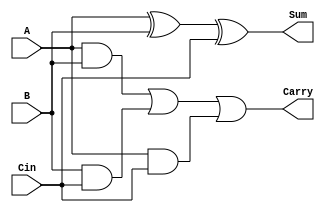
module CarrySaveAdder #(parameter n = 4) (
    input  [n-1:0] A,      // Input A
    input  [n-1:0] B,      // Input B
    input  [n-1:0] Cin,    // Input Carry-in
    output [n-1:0] Sum,     // Sum output
    output [n-1:0] Carry    // Carry output
);

    // Generate Sum using XOR gates
    assign Sum = A ^ B ^ Cin;

    // Generate Carry using AND and OR gates
    wire [n-1:0] AB;   // Intermediate carry from A and B
    wire [n-1:0] BC;   // Intermediate carry from B and Cin
    wire [n-1:0] AC;   // Intermediate carry from A and Cin

    assign AB = A & B;  // A AND B
    assign BC = B & Cin; // B AND Cin
    assign AC = A & Cin; // A AND Cin

    // Final Carry output
    assign Carry = AB | BC | AC; // OR the intermediate carries

endmodule